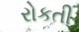
રોકતી